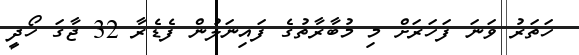
ހަތަރު ވަނަ ފަހަރަށް މި މުބާރާތުގެ ފައިނަލުން ފެޑެރާ 32 ޖާގަ ހޯދީ